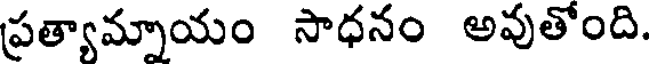
ప్రత్యామ్నాయం సాధనం అవుతోంది.